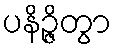
ပနိဉ္ဇိတွာ